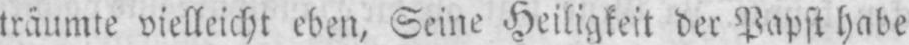
träumte vielleicht eben, Seine Heiligkeit der Papst habe